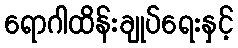
ရောဂါထိန်းချုပ်ရေးနှင့်